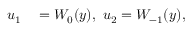
\begin{array} { r l } { u _ { 1 } } & { { } = W _ { 0 } ( y ) , \ u _ { 2 } = W _ { - 1 } ( y ) , } \end{array}